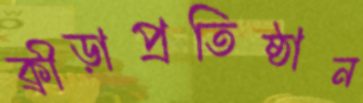
ক্রীড়াপ্রতিষ্ঠান